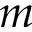
m